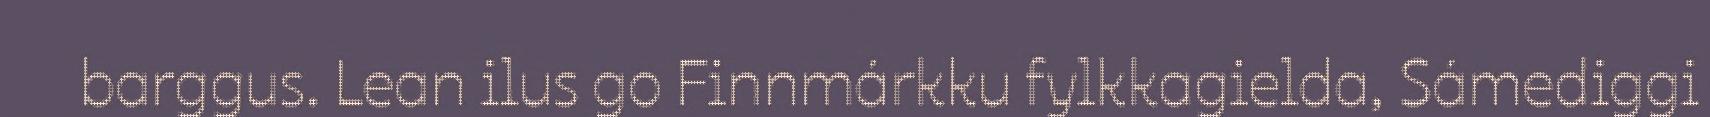
barggus. Lean ilus go Finnmárkku fylkkagielda, Sámediggi